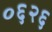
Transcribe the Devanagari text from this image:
०६२६